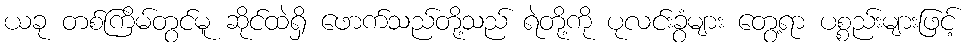
ယခု တစ်ကြိမ်တွင်မူ ဆိုင်ထဲရှိ ဖောက်သည်တို့သည် ရဲတို့ကို ပုလင်းခွံများ တွေ့ရာ ပစ္စည်းများဖြင့်